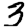
Digit: 3